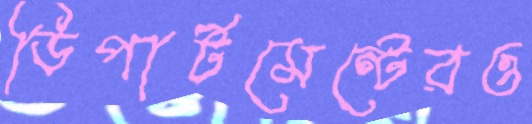
ডিপার্টমেন্টেরও